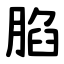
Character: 䐄